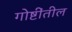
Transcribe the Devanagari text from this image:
गोष्टींतील